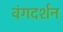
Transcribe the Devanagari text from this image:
वंगदर्शन